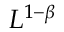
L ^ { 1 - \beta }